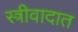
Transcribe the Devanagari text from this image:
स्त्रीवादात